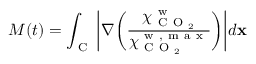
M ( t ) = \int _ { \mathrm { ~ C ~ } } \bigg \lvert \nabla \bigg ( \frac { \chi _ { \mathrm { ~ C ~ O ~ } _ { 2 } } ^ { \mathrm { ~ w ~ } } } { \chi _ { \mathrm { ~ C ~ O ~ } _ { 2 } } ^ { \mathrm { ~ w ~ , ~ m ~ a ~ x ~ } } } \bigg ) \bigg \rvert d \mathbf { x }